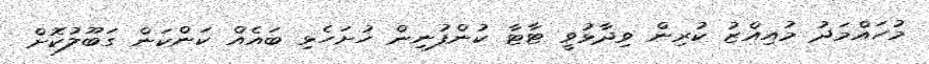
މުހައްމަދު މުއިއްޒު ކުރިން ވިދާޅުވީ ޓާޓާ ކުންފުނިން ހުށަހެޅި ބައެއް ކަންކަން ގަބޫލުކޮށް